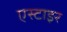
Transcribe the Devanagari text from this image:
एस्टाइर